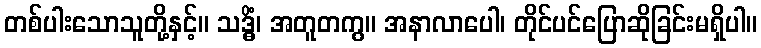
တစ်ပါးသောသူတို့နှင့်။ သဒ္ဓိံ၊ အတူတကွ။ အနာလာပေါ၊ တိုင်ပင်ပြောဆိုခြင်းမရှိပါ။